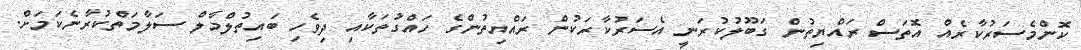
ކޮންމެސަރުކާރެއް އޮތަސް ރައްޔިތުން ގަބޫލުކުރަނީ އެސަރުކާރަކުން ރައްޔިތުންގެ ހައްގުތަކާއި ދިވެހި ބައިތުލްމާލް ސަލާމަތްކުރާނެކަމަށް.